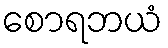
စောရဘယံ